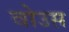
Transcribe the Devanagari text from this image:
वोउस